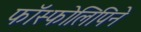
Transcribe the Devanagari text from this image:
फॉस्फोलिपिने